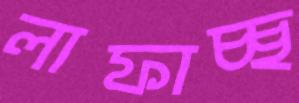
লাফাচ্ছ